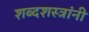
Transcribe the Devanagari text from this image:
शब्दशस्त्रांनी